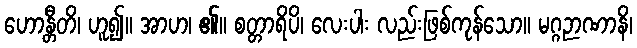
ဟောန္တီတိ၊ ဟူ၍။ အာဟ၊ ၏။ စတ္တာရိပိ၊ လေးပါး လည်းဖြစ်ကုန်သော။ မဂ္ဂဉာဏာနိ၊